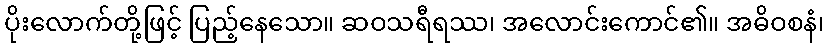
ပိုးလောက်တို့ဖြင့် ပြည့်နေသော။ ဆဝသရီရဿ၊ အလောင်းကောင်၏။ အဓိဝစနံ၊